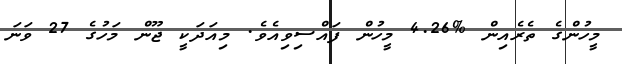
މީހުންގެ ތެރެއިން %4.26 މީހުން ފައްސިވިއެވެ. މިއަދަކީ ޖޫން މަހުގެ 27 ވަނަ